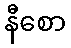
နီစော